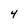
Character: 4